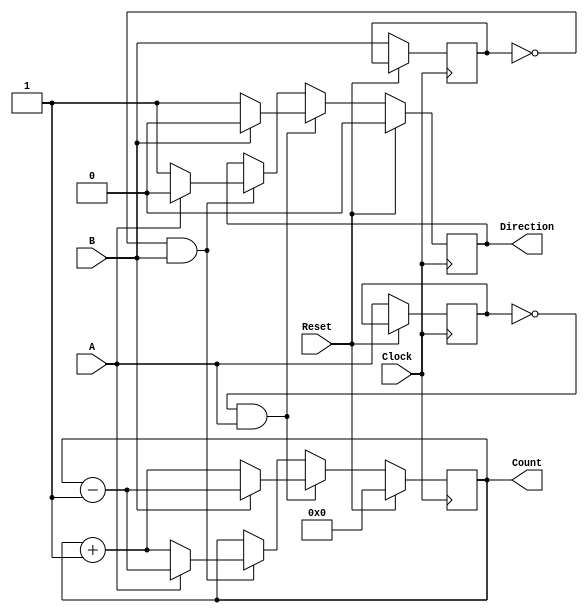
module rotary_encoder (
    input wire A,          // First output signal from the rotary encoder
    input wire B,          // Second output signal from the rotary encoder
    input wire Reset,      // Reset signal
    input wire Clock,      // Clock signal for synchronization
    output reg [7:0] Count, // 8-bit binary count representing the position
    output reg Direction    // Direction of rotation (1 for CW, 0 for CCW)
);

    reg A_prev, B_prev;    // Previous states of A and B

    always @(posedge Clock) begin
        // Reset the counter if Reset is high
        if (Reset) begin
            Count <= 8'b0;
            Direction <= 1'b0; // Reset direction
        end else begin
            // Capture the previous states of A and B
            A_prev <= A;
            B_prev <= B;

            // Detect transitions and determine direction
            if (A_prev == 1'b0 && A == 1'b1) begin // A rising edge
                if (B == 1'b0) begin
                    Count <= Count + 1; // CW
                    Direction <= 1'b1;   // CW
                end else begin
                    Count <= Count - 1; // CCW
                    Direction <= 1'b0;   // CCW
                end
            end else if (B_prev == 1'b0 && B == 1'b1) begin // B rising edge
                if (A == 1'b1) begin
                    Count <= Count - 1; // CCW
                    Direction <= 1'b0;   // CCW
                end else begin
                    Count <= Count + 1; // CW
                    Direction <= 1'b1;   // CW
                end
            end
        end
    end

endmodule